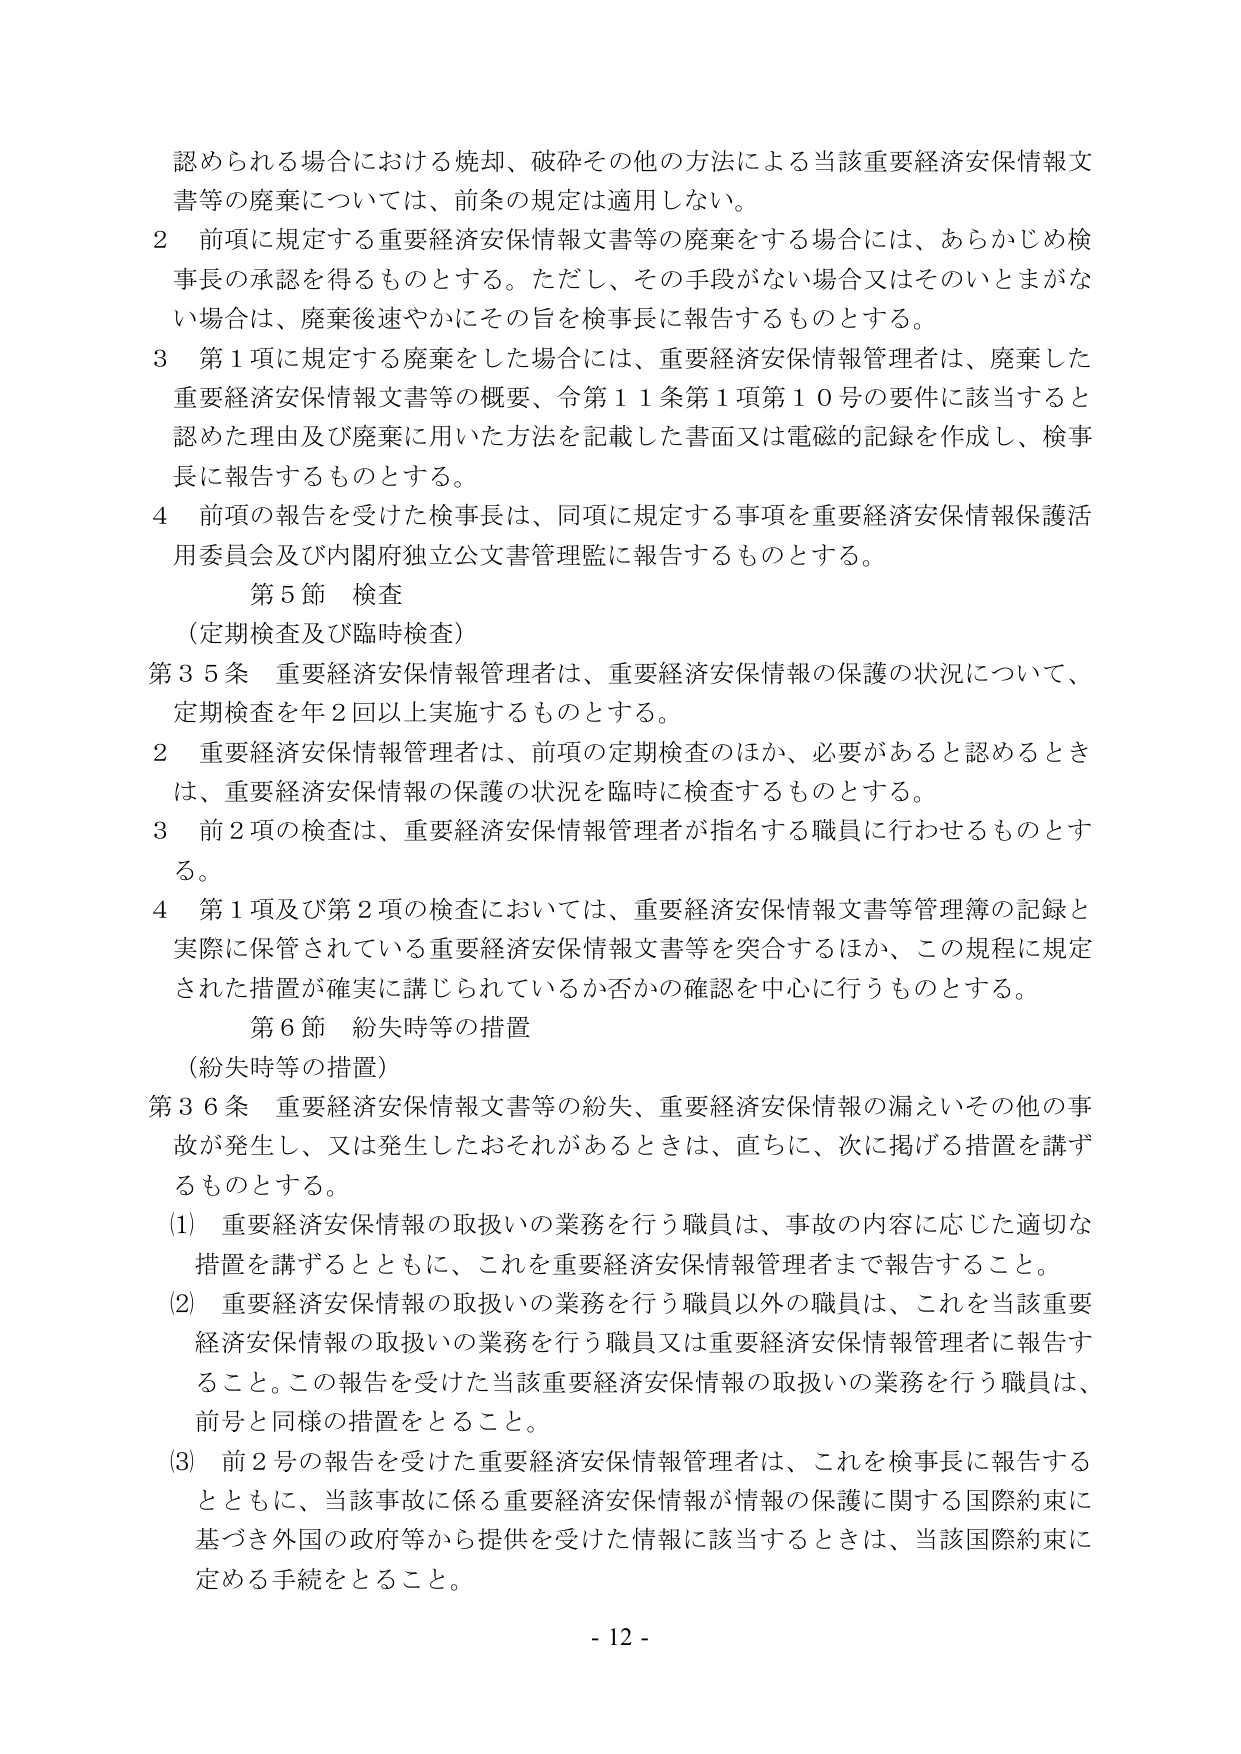
認められる場合における焼却、破砕その他の方法による当該重要経済安保情報文書等の廃棄については、前条の規定は適用しない。

２ 前項に規定する重要経済安保情報文書等の廃棄をする場合には、あらかじめ検事長の承認を得るものとする。ただし、その手段がない場合又はそのいとまがない場合は、廃棄後速やかにその旨を検事長に報告するものとする。

３ 第１項に規定する廃棄をした場合には、重要経済安保情報管理者は、廃棄した重要経済安保情報文書等の概要、令第１１条第１項第１０号の要件に該当すると認めた理由及び廃棄に用いた方法を記載した書面又は電磁的記録を作成し、検事長に報告するものとする。

４ 前項の報告を受けた検事長は、同項に規定する事項を重要経済安保情報保護活用委員会及び内閣府独立公文書管理監に報告するものとする。

第５節 検査
（定期検査及び臨時検査）

第３５条 重要経済安保情報管理者は、重要経済安保情報の保護の状況について、定期検査を年２回以上実施するものとする。

２ 重要経済安保情報管理者は、前項の定期検査のほか、必要があると認めるときは、重要経済安保情報の保護の状況を臨時に検査するものとする。

３ 前２項の検査は、重要経済安保情報管理者が指名する職員に行わせるものとする。

４ 第１項及び第２項の検査においては、重要経済安保情報文書等管理簿の記録と実際に保管されている重要経済安保情報文書等を突合するほか、この規程に規定された措置が確実に講じられているか否かの確認を中心に行うものとする。

第６節 紛失時等の措置
（紛失時等の措置）

第３６条 重要経済安保情報文書等の紛失、重要経済安保情報の漏えいその他の事故が発生し、又は発生したおそれがあるときは、直ちに、次に掲げる措置を講ずるものとする。

(1) 重要経済安保情報の取扱いの業務を行う職員は、事故の内容に応じた適切な措置を講ずるとともに、これを重要経済安保情報管理者まで報告すること。

(2) 重要経済安保情報の取扱いの業務を行う職員以外の職員は、これを当該重要経済安保情報の取扱いの業務を行う職員又は重要経済安保情報管理者に報告すること。この報告を受けた当該重要経済安保情報の取扱いの業務を行う職員は、前号と同様の措置をとること。

(3) 前２号の報告を受けた重要経済安保情報管理者は、これを検事長に報告するとともに、当該事故に係る重要経済安保情報が情報の保護に関する国際約束に基づき外国の政府等から提供を受けた情報に該当するときは、当該国際約束に定める手続をとること。

- 12 -